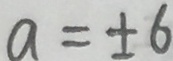
a = \pm 6